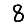
Digit: 8